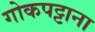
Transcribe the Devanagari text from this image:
गोकपट्टाना